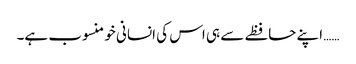
…… اپنے حافظے سے ہی اس کی انسانی خو منسوب ہے۔